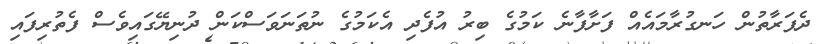
ދެފަރާތުން ހަނގުރާމައެއް ފަށާފާނެ ކަމުގެ ބިރު އުފެދި އެކަމުގެ ނުތަނަވަސްކަން ދުނިޔޭގައިވެސް ފެތުރިފައި